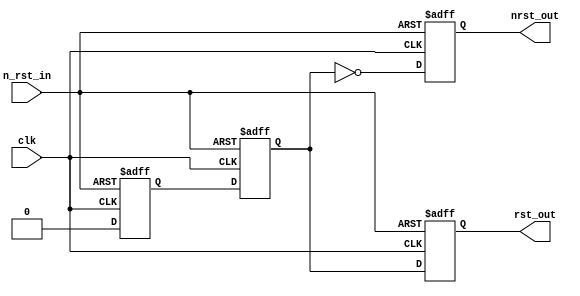
module rst_syncronize (
  input         n_rst_in,
  input         clk,
  output reg    rst_out,
  output reg    nrst_out
  );

reg t_rst;
reg rst;
always @ (posedge clk or negedge n_rst_in)
begin
  if (~n_rst_in) begin
    t_rst	  <= 1'b1;
    rst		  <= 1'b1;
    rst_out   <= 1'b1;
	 nrst_out  <= 1'b0;
  end
  else begin
    t_rst 	  <= 1'b0;
    rst		  <= t_rst;
    rst_out   <= rst;
	 nrst_out  <= ~rst;
  end
end
endmodule